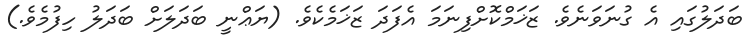
ބަދަލުގައި އެ ގުނަވަނެވެ. ޒަޚަމްކޮށްފިނަމަ އެފަދަ ޒަޚަމެކެވެ. (ޔަޢްނީ ބަދަލަށް ބަދަލު ހިފުމެވެ.)